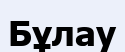
Бұлау